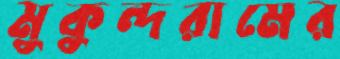
মুকুন্দরামের